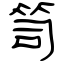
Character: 笥